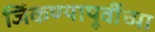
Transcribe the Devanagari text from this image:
जिंकण्यापूर्वीच्या